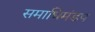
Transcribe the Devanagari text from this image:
समाधिमंडप